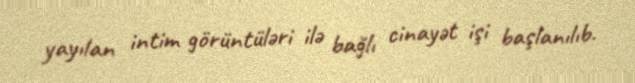
yayılan intim görüntüləri ilə bağlı cinayət işi başlanılıb.